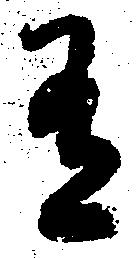
有